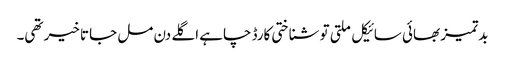
بدتمیز بھائی سائیکل ملتی تو شناختی کارڈ چاہے اگلے دن مل جاتا خیر تھی۔